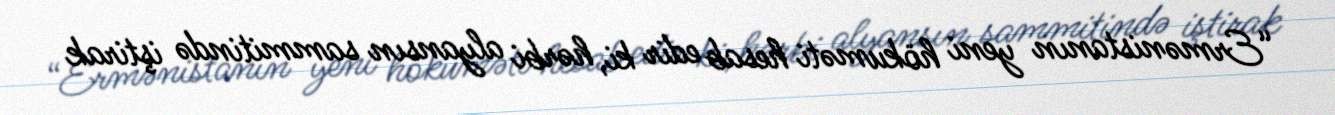
“Ermənistanın yeni hökuməti hesab edir ki, hərbi alyansın sammitində iştirak